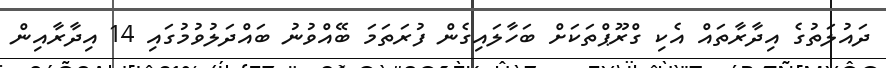
ދައުލަތުގެ އިދާރާތައް އެކި ގްރޫޕްތަކަށް ބަހާލައިގެން ފުރަތަމަ ބޭއްވުނު ބައްދަލުވުމުގައި 14 އިދާރާއިން